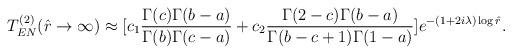
LaTeX: \begin{align*}T^{(2)}_{EN}(\hat{r}\rightarrow\infty)\approx[c_1\frac{\Gamma(c)\Gamma(b-a)}{\Gamma(b)\Gamma(c-a)}+c_2\frac{\Gamma(2-c)\Gamma(b-a)}{\Gamma(b-c+1)\Gamma(1-a)}]e^{-(1+2i\lambda)\log\hat{r}}.\end{align*}